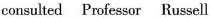
consulted Professor Russell